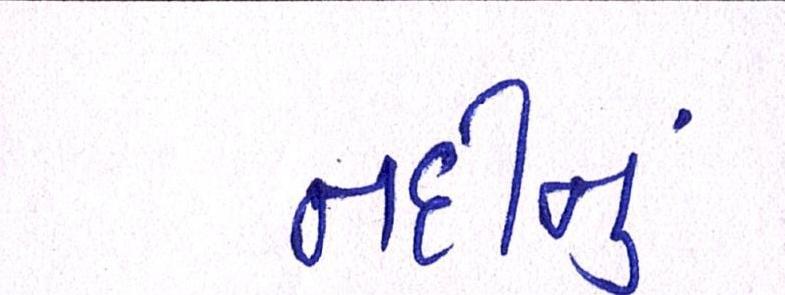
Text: નદીનું